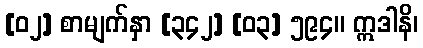
[၀၂] စာမျက်နှာ [၃၄၂] [၀၃] ၅၉၄။ ဣဒါနိ၊